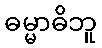
ဓမ္မာဓိဘူ